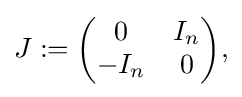
{\textstyle J:={\begin{pmatrix}0&I_{n}\\-I_{n}&0\\\end{pmatrix}},}